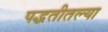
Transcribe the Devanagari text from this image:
पद्धतीतल्या